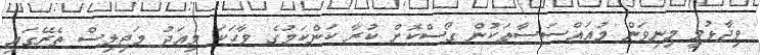
ވިދާޅުވީ މިނިވަން މުއައްސަސާތަކުން ގޯސްކޮށް ކުރާ ކަންކަމުގެ ވާހަކަ މިއަދު މަޖިލިސް ތެރޭގައި